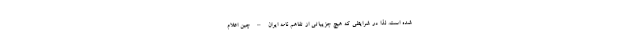
شده است. لذا در شرایطی که هیچ جزییاتی از تفاهم نامه ایران – چین اعلام